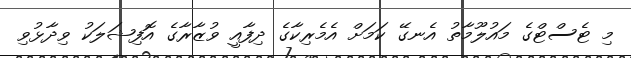
މި ޓެސްޓްގެ މައުލޫމާތު އެނގޭ ކަމަށް އެމެރިކާގެ ދިފާއީ ވުޒާރާގެ އޮފިޝަލަކު ވިދާޅުވި